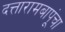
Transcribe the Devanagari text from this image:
दत्तारामबापूंचा